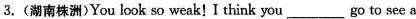
|3.(湖南株洲)You look so weak!I think you ___ go to see a